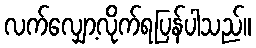
လက်လျှော့လိုက်ရပြန်ပါသည်။